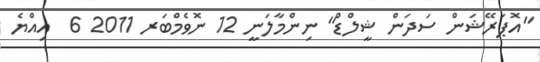
"އޮޕަރޭޝަން ސަދަން ޝީލްޑް" ނިންމާލަނީ 12 ނޮވެމްބަރ 2011 6  އިއްޔެ